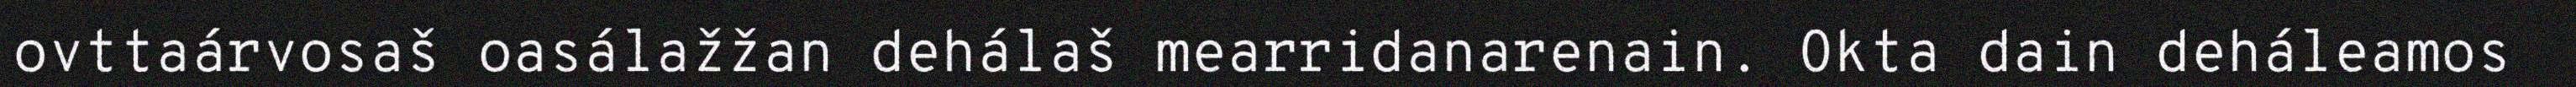
ovttaárvosaš oasálažžan dehálaš mearridanarenain. Okta dain deháleamos